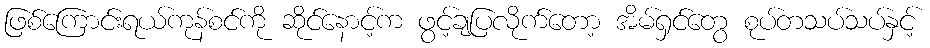
ဖြစ်ကြောင်းရယ်ကုန်စင်ကို ဆိုင်နောင့်က ဖွင့်ချပြလိုက်တော့ အိမ်ရှင်တွေ စုပ်တသပ်သပ်နှင့်